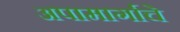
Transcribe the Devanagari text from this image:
अपामार्गाचे